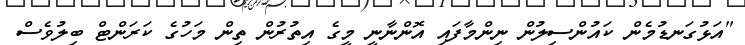
"އަޅުގަނޑުމެން ކައުންސިލުން ނިންމާފައި އޮންނާނީ މީގެ އިތުރުން ތިން މަހުގެ ކަރަންޓް ބިލުވެސް